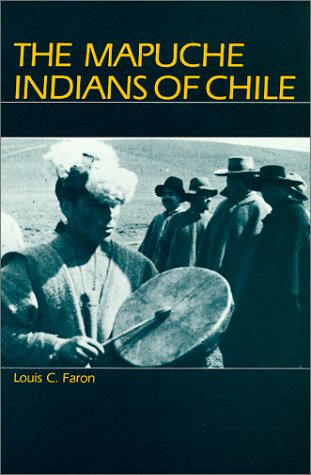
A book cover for The Mapuche Indians of Chile; Louis C. Faron; Travel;